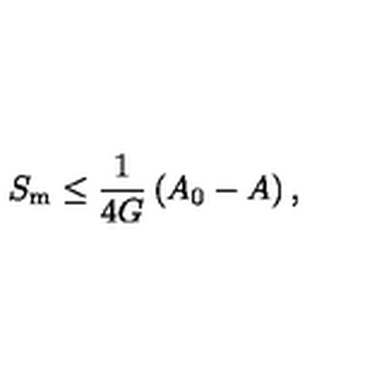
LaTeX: S _ { \mathrm { m } } \le \frac { 1 } { 4 G } \left( A _ { 0 } - A \right) ,